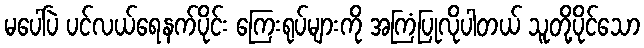
မပေါ်ပဲ ပင်လယ်ရေနက်ပိုင်း ကြေးရုပ်များကို အကြံပြုလိုပါတယ် သူတို့ပိုင်သော